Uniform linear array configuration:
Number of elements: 12
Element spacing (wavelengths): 0.25
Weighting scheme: uniform
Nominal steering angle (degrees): -15
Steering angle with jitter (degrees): -14.144
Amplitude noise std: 0.05
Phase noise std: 0.05

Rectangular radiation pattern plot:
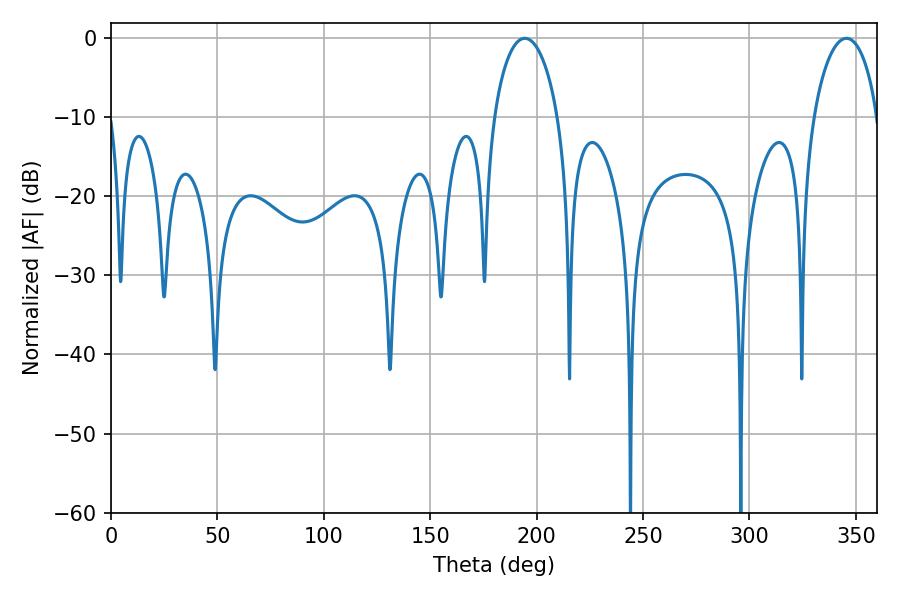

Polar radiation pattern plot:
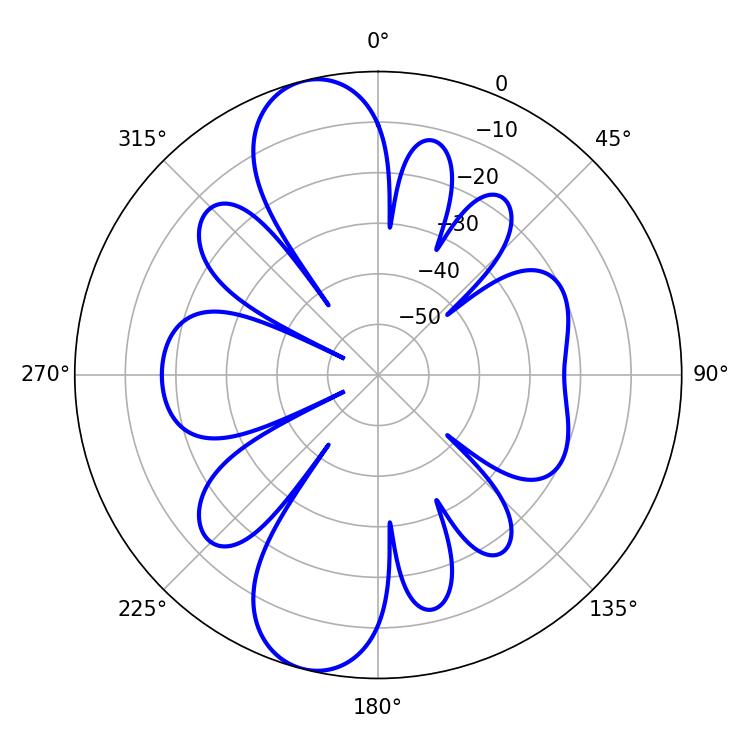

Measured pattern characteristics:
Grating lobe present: FALSE
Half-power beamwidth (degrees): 17.28
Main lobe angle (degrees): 194.4